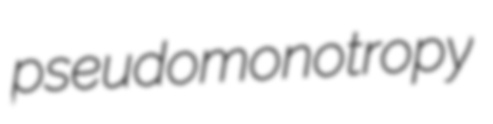
pseudomonotropy